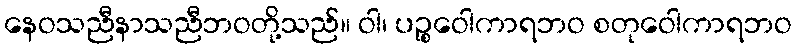
နေဝသညီနာသညီဘဝတို့သည်။ ဝါ၊ ပဉ္စဝေါကာရဘဝ စတုဝေါကာရဘဝ